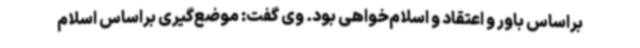
براساس باور و اعتقاد و اسلام‌خواهی بود. وی گفت: موضع‌گیری براساس اسلام